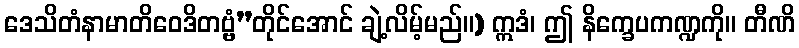
ဒေသိတံနာမာတိဝေဒိတဗ္ဗံ”တိုင်အောင် ချဲ့လိမ့်မည်။) ဣဒံ၊ ဤ နိက္ခေပကဏ္ဍကို။ တီဏိ